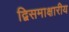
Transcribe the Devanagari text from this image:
द्विसमाक्षारीय